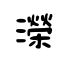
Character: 濚